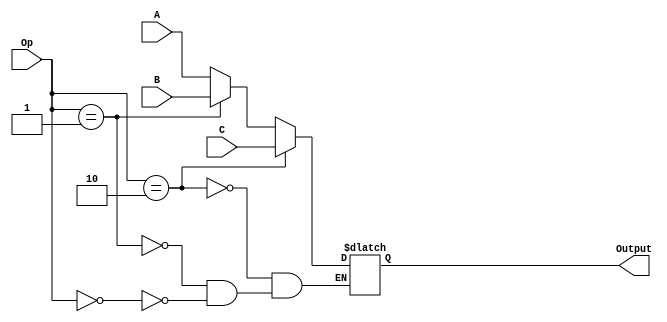
module mux_3b_3input(
    input [2:0] A,
    input [2:0] B,
    input [2:0] C,
    input [1:0] Op,
    output [2:0] Output
    );
reg [15:0] out;
	 assign Output = out;
always @ (*) begin
	if (Op == 0)
	out = A;
	
	if (Op == 1)
	out = B;
	
	if (Op == 2)
	out = C;
	end

endmodule